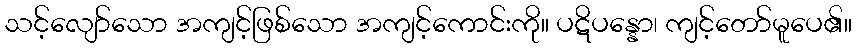
သင့်လျော်သော အကျင့်ဖြစ်သော အကျင့်ကောင်းကို။ ပဋိပန္နော၊ ကျင့်တော်မူပေ၏။